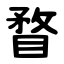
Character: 瞀